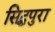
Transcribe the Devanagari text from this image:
सिद्धपुरा